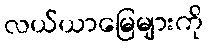
လယ်ယာမြေများကို